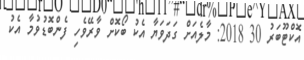
އޮކްޓޫބަރު 30 2018: މާލެއަށް ގަދަވަޔާ އެކު ބޯކޮށް ވާރޭވެހި ފެންބޮޑުވުމާ އެކު